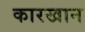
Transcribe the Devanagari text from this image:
कारखान